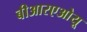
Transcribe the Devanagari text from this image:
बीआरएओयू